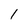
Character: 1